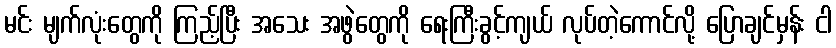
မင်း မျက်လုံးတွေကို ကြည့်ပြီး အသေး အဖွဲတွေကို ရေးကြီးခွင့်ကျယ် လုပ်တဲ့ကောင်လို့ ပြောချင်မှန်း ငါ